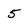
Character: 5